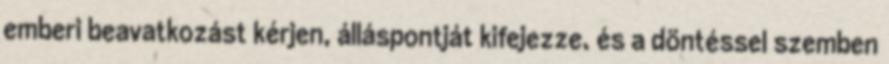
emberi beavatkozást kérjen, álláspontját kifejezze, és a döntéssel szemben